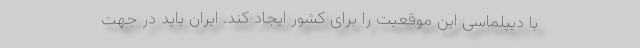
با دیپلماسی این موقعیت را برای کشور ایجاد کند. ایران باید در جهت